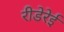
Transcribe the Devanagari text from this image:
रीडेरेई